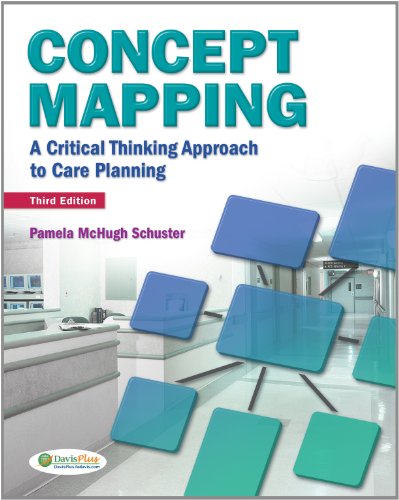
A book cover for Concept Mapping: A Critical-Thinking Approach to Care Planning; Pamela McHugh Schuster RN  PhD; Medical Books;